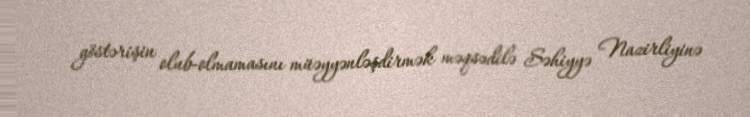
göstərişin olub-olmamasını müəyyənləşdirmək məqsədilə Səhiyyə Nazirliyinə